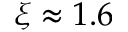
\xi \approx 1 . 6